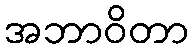
အဘာဝိတာ